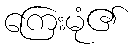
ကြေးမုံ၏